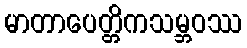
မာတာပေတ္တိကသမ္ဘဝဿ